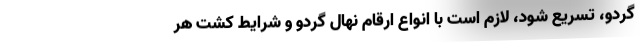
گردو، تسریع شود، لازم است با انواع ارقام نهال گردو و شرایط کشت هر